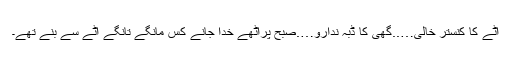
آٹے کا کنستر خالی…..گھی کا ڈبہ ندارو….صبح پراٹھے خدا جانے کس مانگے تانگے آٹے سے بنے تھے۔